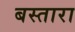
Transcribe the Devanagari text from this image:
बस्तारा